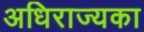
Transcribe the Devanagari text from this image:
अधिराज्यका